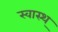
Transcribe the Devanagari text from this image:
स्वास्थ्